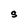
Character: S